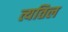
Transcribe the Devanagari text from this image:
त्यतिल